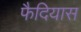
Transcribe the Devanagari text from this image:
फैदियास